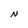
Character: N